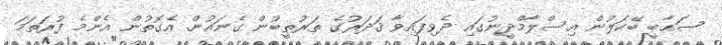
ޞަޙާބީ ބޭކަލުން އިސްލާމްދީނުގައި ދެވިފައިވާ ޤަދަރުގެ ތަރުތީބުން ގެނައުން. އެގޮތުން އެންމެ ފުރަތަމަ